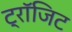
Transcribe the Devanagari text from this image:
ट्रॉजिट